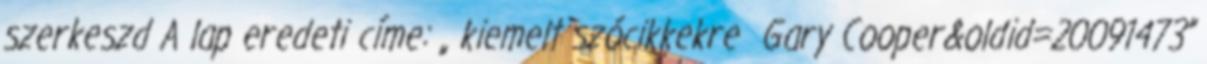
szerkeszd A lap eredeti címe: „ kiemelt szócikkekre Gary Cooper&oldid=20091473”